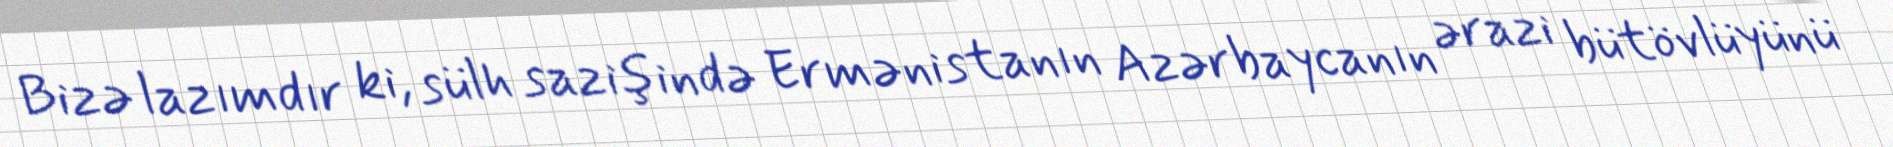
Bizə lazımdır ki, sülh sazişində Ermənistanın Azərbaycanın ərazi bütövlüyünü